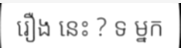
រឿង នេះ ? ទ ម្នក